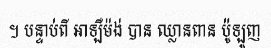
។ បន្ទាប់ពី អាឡឺម៉ង់ បាន ឈ្លានពាន ប៉ូឡូញ